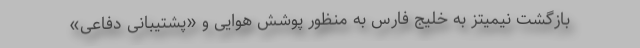
بازگشت نیمیتز به خلیج فارس به منظور پوشش هوایی و «پشتیبانی دفاعی»